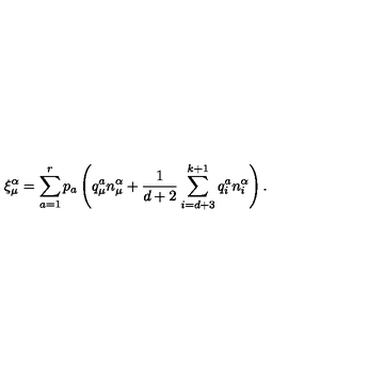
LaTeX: \xi _ { \mu } ^ { \alpha } = \sum _ { a = 1 } ^ { r } p _ { a } \left( q _ { \mu } ^ { a } n _ { \mu } ^ { \alpha } + \frac { 1 } { d + 2 } \sum _ { i = d + 3 } ^ { k + 1 } q _ { i } ^ { a } n _ { i } ^ { \alpha } \right) .